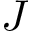
J